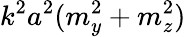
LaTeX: k^{2}a^{2}(m_{y}^{2}+m_{z}^{2})